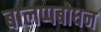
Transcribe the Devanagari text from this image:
बालप्पबोधन